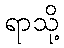
ရာသို့